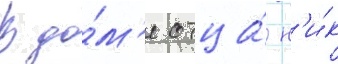
В до́м'е отца́ н'и́к